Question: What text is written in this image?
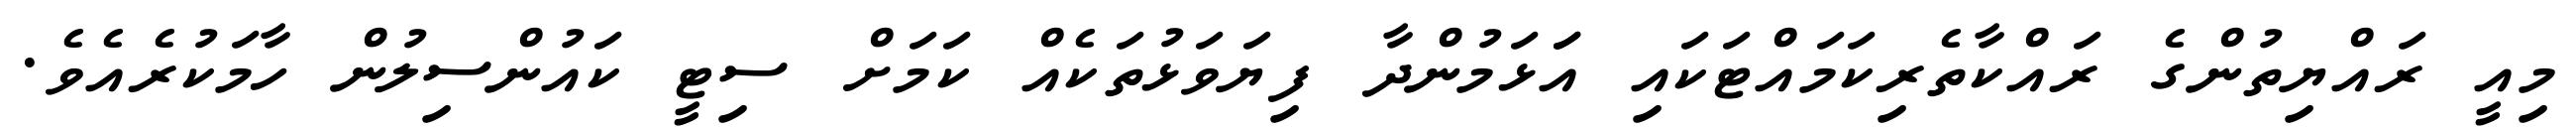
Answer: މިއީ ރައްޔިތުންގެ ރައްކާތެރިކަމައްޓަކައި އަަޅަމުންދާ ފިޔަވަޅުތަކެއް ކަމަށް ސިޓީ ކައުންސިލުން ހާމަކުރެއެވެ.